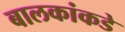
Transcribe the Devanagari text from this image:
बालकांकडे